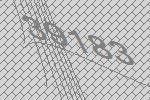
39183